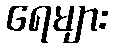
ရေများ